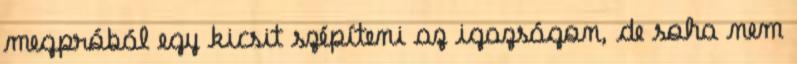
megpróbál egy kicsit szépíteni az igazságon, de soha nem